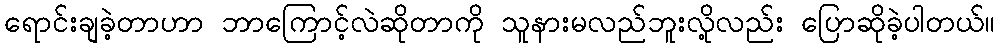
ရောင်းချခဲ့တာဟာ ဘာကြောင့်လဲဆိုတာကို သူနားမလည်ဘူးလို့လည်း ပြောဆိုခဲ့ပါတယ်။